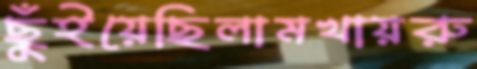
ছুঁইয়েছিলামখায়রু